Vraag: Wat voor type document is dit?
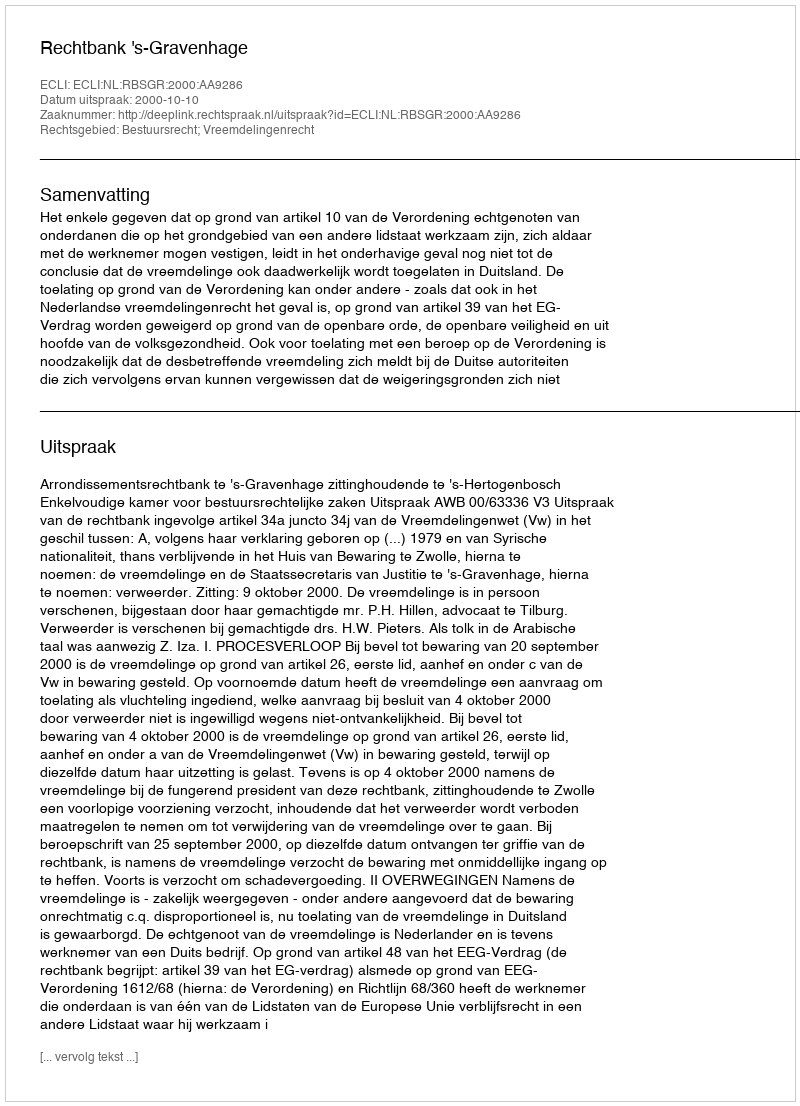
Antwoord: Uitspraak